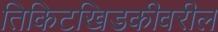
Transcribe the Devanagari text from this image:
तिकिटखिडकीवरील